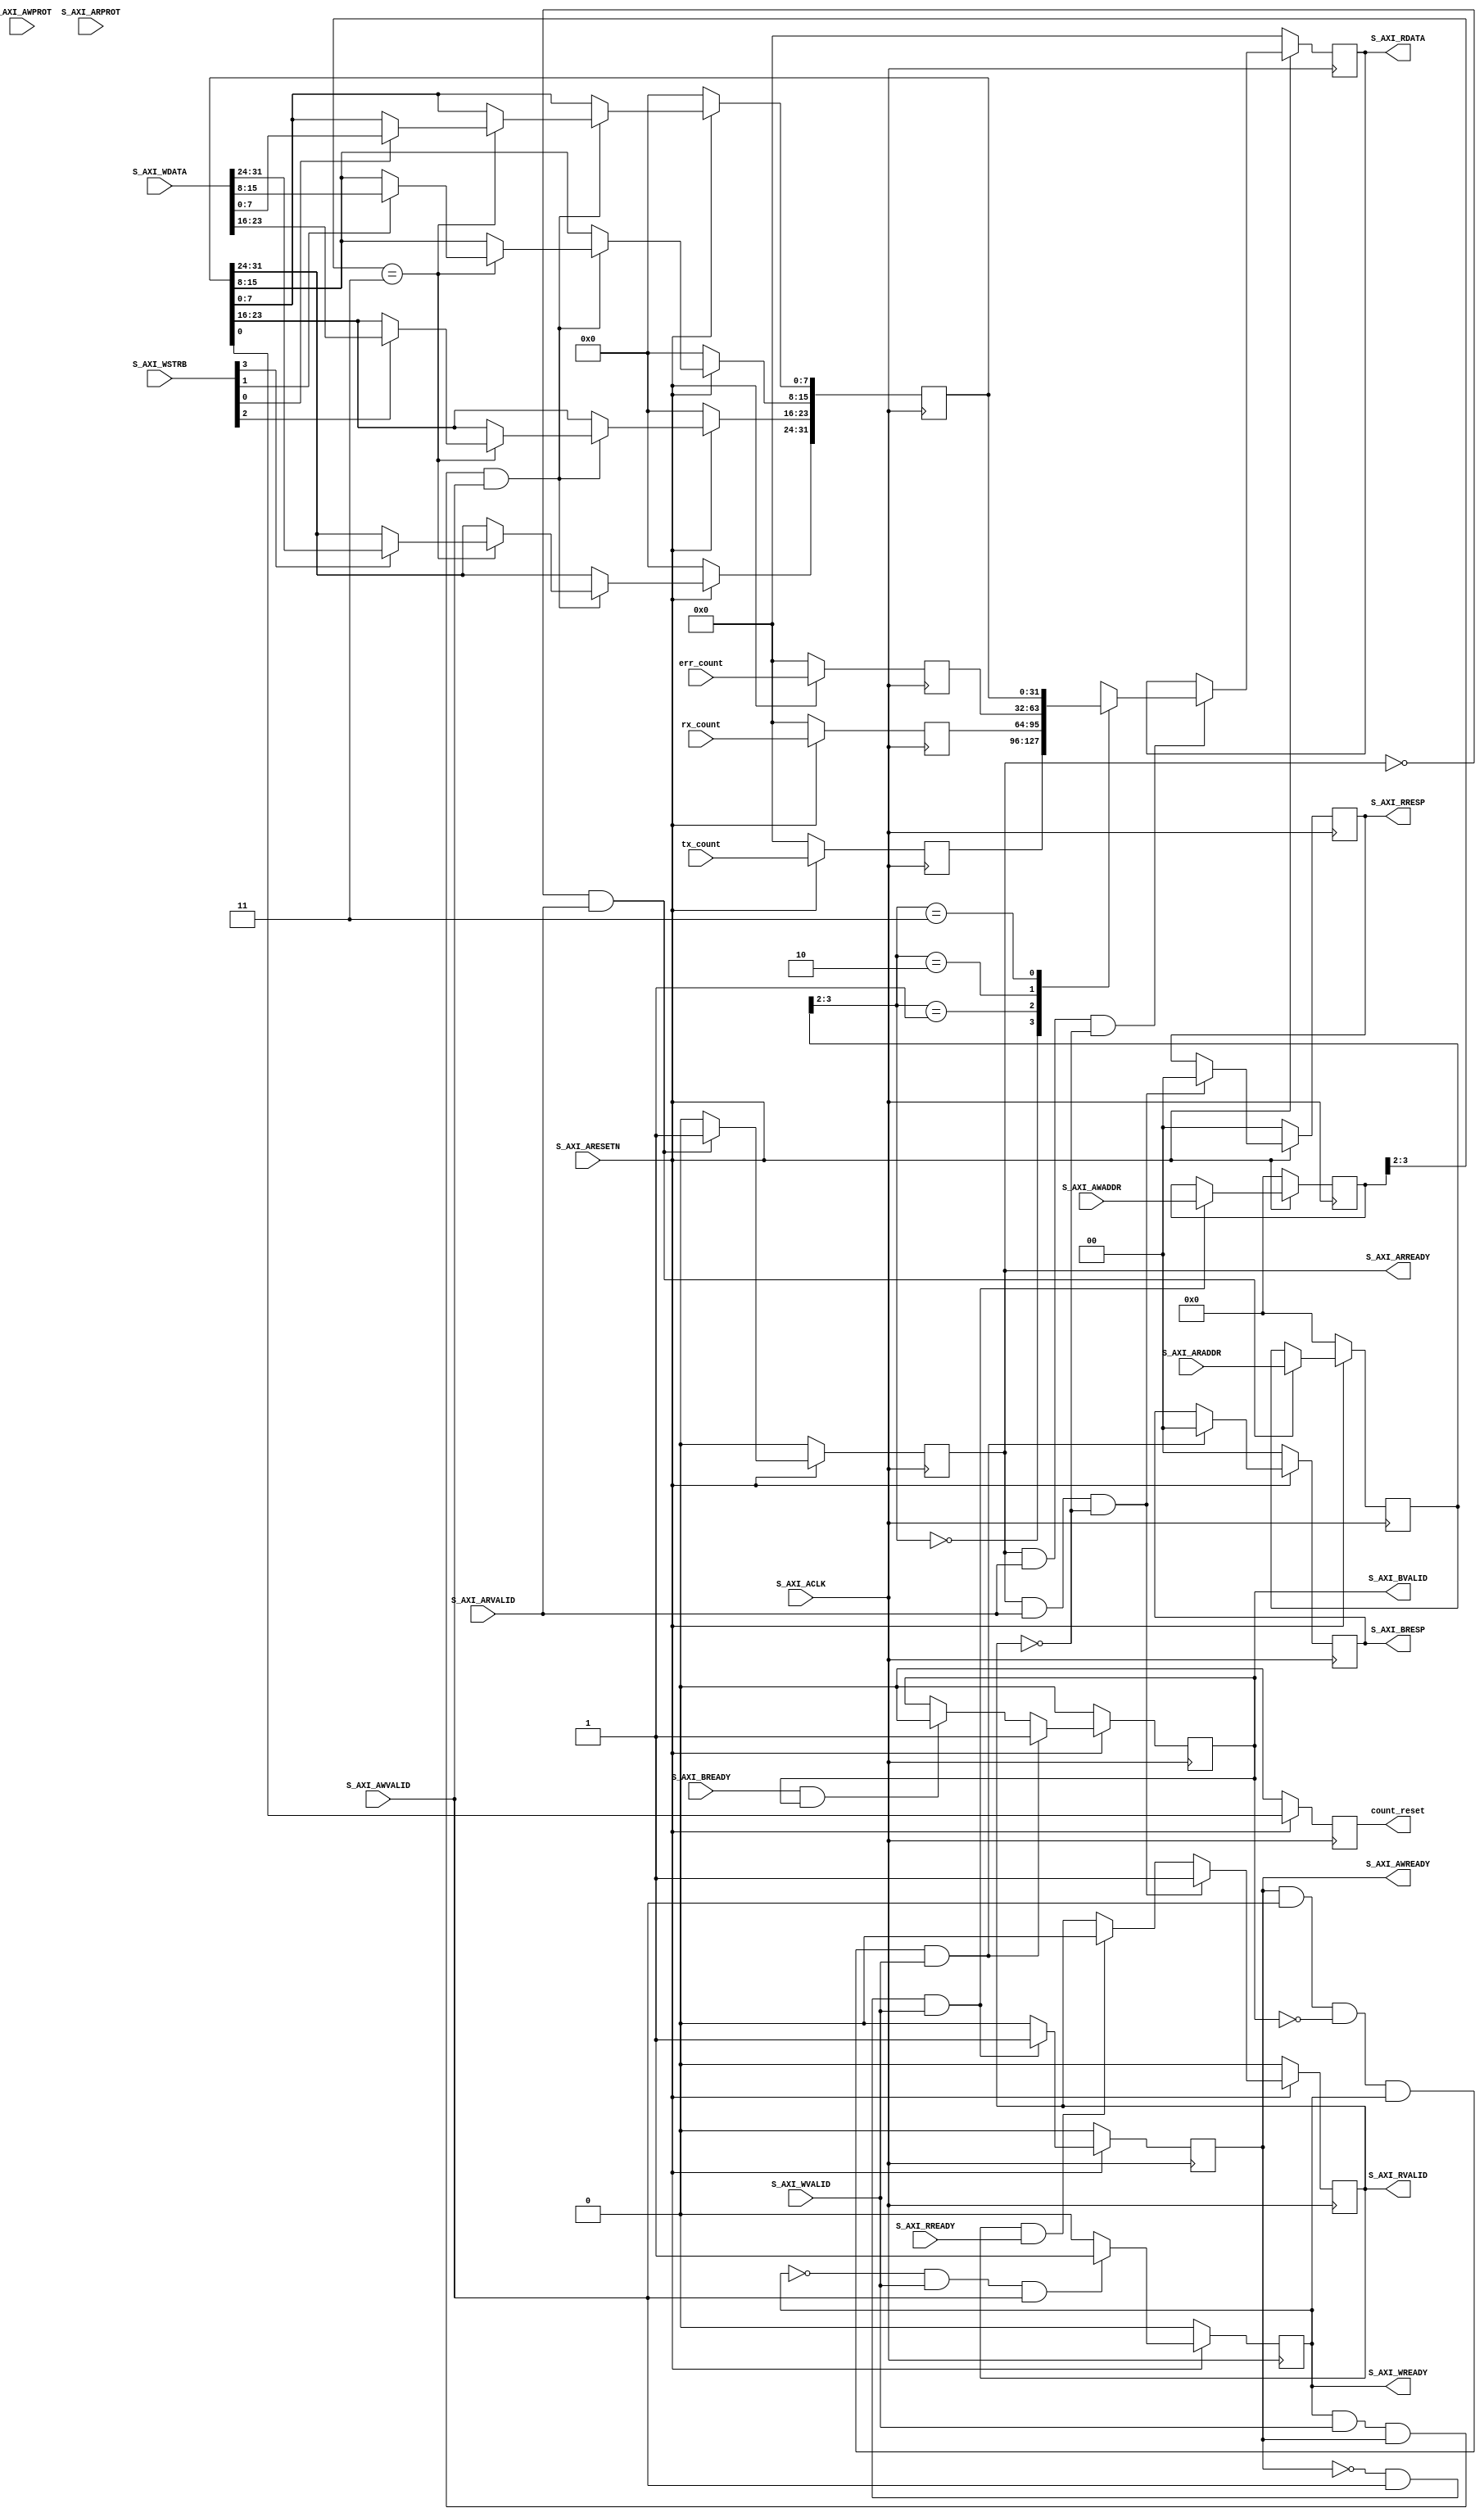
/***************************************************************************
*
* Copyright (c) 2015 Digilent Inc.
* All rights reserved.
*
* File:
* nf_axis_gen_check_s_axi.v
*
* Library:
* hw/std/pcores/nf_axis_gen_check
*
* Author:
* Tinghui Wang (Steve)
*
* Description:
* AXI-Lite Slave Registers
*
* @NETFPGA_LICENSE_HEADER_START@
*
* Licensed to NetFPGA C.I.C. (NetFPGA) under one or more contributor
* license agreements. See the NOTICE file distributed with this work for
* additional information regarding copyright ownership. NetFPGA licenses this
* file to you under the NetFPGA Hardware-Software License, Version 1.0 (the
* "License"); you may not use this file except in compliance with the
* License. You may obtain a copy of the License at:
*
* http://www.netfpga-cic.org
*
* Unless required by applicable law or agreed to in writing, Work distributed
* under the License is distributed on an "AS IS" BASIS, WITHOUT WARRANTIES OR
* CONDITIONS OF ANY KIND, either express or implied. See the License for the
* specific language governing permissions and limitations under the License.
*
* @NETFPGA_LICENSE_HEADER_END@
*/
 
`timescale 1 ns / 1 ps

	module nf_axis_gen_chk_S_AXI #
	(
		// Users to add parameters here

		// User parameters ends
		// Do not modify the parameters beyond this line

		// Width of S_AXI data bus
		parameter integer C_S_AXI_DATA_WIDTH	= 32,
		// Width of S_AXI address bus
		parameter integer C_S_AXI_ADDR_WIDTH	= 4
	)
	(
		// Users to add ports here
        input wire [31:0] tx_count,
        input wire [31:0] rx_count,
        input wire [31:0] err_count,
        output reg count_reset,
		// User ports ends
		// Do not modify the ports beyond this line

		// Global Clock Signal
		input wire  S_AXI_ACLK,
		// Global Reset Signal. This Signal is Active LOW
		input wire  S_AXI_ARESETN,
		// Write address (issued by master, acceped by Slave)
		input wire [C_S_AXI_ADDR_WIDTH-1 : 0] S_AXI_AWADDR,
		// Write channel Protection type. This signal indicates the
    		// privilege and security level of the transaction, and whether
    		// the transaction is a data access or an instruction access.
		input wire [2 : 0] S_AXI_AWPROT,
		// Write address valid. This signal indicates that the master signaling
    		// valid write address and control information.
		input wire  S_AXI_AWVALID,
		// Write address ready. This signal indicates that the slave is ready
    		// to accept an address and associated control signals.
		output wire  S_AXI_AWREADY,
		// Write data (issued by master, acceped by Slave) 
		input wire [C_S_AXI_DATA_WIDTH-1 : 0] S_AXI_WDATA,
		// Write strobes. This signal indicates which byte lanes hold
    		// valid data. There is one write strobe bit for each eight
    		// bits of the write data bus.    
		input wire [(C_S_AXI_DATA_WIDTH/8)-1 : 0] S_AXI_WSTRB,
		// Write valid. This signal indicates that valid write
    		// data and strobes are available.
		input wire  S_AXI_WVALID,
		// Write ready. This signal indicates that the slave
    		// can accept the write data.
		output wire  S_AXI_WREADY,
		// Write response. This signal indicates the status
    		// of the write transaction.
		output wire [1 : 0] S_AXI_BRESP,
		// Write response valid. This signal indicates that the channel
    		// is signaling a valid write response.
		output wire  S_AXI_BVALID,
		// Response ready. This signal indicates that the master
    		// can accept a write response.
		input wire  S_AXI_BREADY,
		// Read address (issued by master, acceped by Slave)
		input wire [C_S_AXI_ADDR_WIDTH-1 : 0] S_AXI_ARADDR,
		// Protection type. This signal indicates the privilege
    		// and security level of the transaction, and whether the
    		// transaction is a data access or an instruction access.
		input wire [2 : 0] S_AXI_ARPROT,
		// Read address valid. This signal indicates that the channel
    		// is signaling valid read address and control information.
		input wire  S_AXI_ARVALID,
		// Read address ready. This signal indicates that the slave is
    		// ready to accept an address and associated control signals.
		output wire  S_AXI_ARREADY,
		// Read data (issued by slave)
		output wire [C_S_AXI_DATA_WIDTH-1 : 0] S_AXI_RDATA,
		// Read response. This signal indicates the status of the
    		// read transfer.
		output wire [1 : 0] S_AXI_RRESP,
		// Read valid. This signal indicates that the channel is
    		// signaling the required read data.
		output wire  S_AXI_RVALID,
		// Read ready. This signal indicates that the master can
    		// accept the read data and response information.
		input wire  S_AXI_RREADY
	);

	// AXI4LITE signals
	reg [C_S_AXI_ADDR_WIDTH-1 : 0] 	axi_awaddr;
	reg  	axi_awready;
	reg  	axi_wready;
	reg [1 : 0] 	axi_bresp;
	reg  	axi_bvalid;
	reg [C_S_AXI_ADDR_WIDTH-1 : 0] 	axi_araddr;
	reg  	axi_arready;
	reg [C_S_AXI_DATA_WIDTH-1 : 0] 	axi_rdata;
	reg [1 : 0] 	axi_rresp;
	reg  	axi_rvalid;

	// Example-specific design signals
	// local parameter for addressing 32 bit / 64 bit C_S_AXI_DATA_WIDTH
	// ADDR_LSB is used for addressing 32/64 bit registers/memories
	// ADDR_LSB = 2 for 32 bits (n downto 2)
	// ADDR_LSB = 3 for 64 bits (n downto 3)
	localparam integer ADDR_LSB = (C_S_AXI_DATA_WIDTH/32) + 1;
	localparam integer OPT_MEM_ADDR_BITS = 1;
	//----------------------------------------------
	//-- Signals for user logic register space example
	//------------------------------------------------
	//-- Number of Slave Registers 4
	reg [C_S_AXI_DATA_WIDTH-1:0]	slv_reg0;
	reg [C_S_AXI_DATA_WIDTH-1:0]	slv_reg1;
	reg [C_S_AXI_DATA_WIDTH-1:0]	slv_reg2;
	reg [C_S_AXI_DATA_WIDTH-1:0]	slv_reg3;
	wire	 slv_reg_rden;
	wire	 slv_reg_wren;
	reg [C_S_AXI_DATA_WIDTH-1:0]	 reg_data_out;
	integer	 byte_index;

	// I/O Connections assignments

	assign S_AXI_AWREADY	= axi_awready;
	assign S_AXI_WREADY	= axi_wready;
	assign S_AXI_BRESP	= axi_bresp;
	assign S_AXI_BVALID	= axi_bvalid;
	assign S_AXI_ARREADY	= axi_arready;
	assign S_AXI_RDATA	= axi_rdata;
	assign S_AXI_RRESP	= axi_rresp;
	assign S_AXI_RVALID	= axi_rvalid;
	// Implement axi_awready generation
	// axi_awready is asserted for one S_AXI_ACLK clock cycle when both
	// S_AXI_AWVALID and S_AXI_WVALID are asserted. axi_awready is
	// de-asserted when reset is low.

	always @( posedge S_AXI_ACLK )
	begin
	  if ( S_AXI_ARESETN == 1'b0 )
	    begin
	      axi_awready <= 1'b0;
	    end 
	  else
	    begin    
	      if (~axi_awready && S_AXI_AWVALID && S_AXI_WVALID)
	        begin
	          // slave is ready to accept write address when 
	          // there is a valid write address and write data
	          // on the write address and data bus. This design 
	          // expects no outstanding transactions. 
	          axi_awready <= 1'b1;
	        end
	      else           
	        begin
	          axi_awready <= 1'b0;
	        end
	    end 
	end       

	// Implement axi_awaddr latching
	// This process is used to latch the address when both 
	// S_AXI_AWVALID and S_AXI_WVALID are valid. 

	always @( posedge S_AXI_ACLK )
	begin
	  if ( S_AXI_ARESETN == 1'b0 )
	    begin
	      axi_awaddr <= 0;
	    end 
	  else
	    begin    
	      if (~axi_awready && S_AXI_AWVALID && S_AXI_WVALID)
	        begin
	          // Write Address latching 
	          axi_awaddr <= S_AXI_AWADDR;
	        end
	    end 
	end       

	// Implement axi_wready generation
	// axi_wready is asserted for one S_AXI_ACLK clock cycle when both
	// S_AXI_AWVALID and S_AXI_WVALID are asserted. axi_wready is 
	// de-asserted when reset is low. 

	always @( posedge S_AXI_ACLK )
	begin
	  if ( S_AXI_ARESETN == 1'b0 )
	    begin
	      axi_wready <= 1'b0;
	    end 
	  else
	    begin    
	      if (~axi_wready && S_AXI_WVALID && S_AXI_AWVALID)
	        begin
	          // slave is ready to accept write data when 
	          // there is a valid write address and write data
	          // on the write address and data bus. This design 
	          // expects no outstanding transactions. 
	          axi_wready <= 1'b1;
	        end
	      else
	        begin
	          axi_wready <= 1'b0;
	        end
	    end 
	end       

	// Implement memory mapped register select and write logic generation
	// The write data is accepted and written to memory mapped registers when
	// axi_awready, S_AXI_WVALID, axi_wready and S_AXI_WVALID are asserted. Write strobes are used to
	// select byte enables of slave registers while writing.
	// These registers are cleared when reset (active low) is applied.
	// Slave register write enable is asserted when valid address and data are available
	// and the slave is ready to accept the write address and write data.
	assign slv_reg_wren = axi_wready && S_AXI_WVALID && axi_awready && S_AXI_AWVALID;

	always @( posedge S_AXI_ACLK )
	begin
	  if ( S_AXI_ARESETN == 1'b0 )
	    begin
//	      slv_reg0 <= 0;
//	      slv_reg1 <= 0;
//	      slv_reg2 <= 0;
	      slv_reg3 <= 0;
	    end 
	  else begin
	    if (slv_reg_wren)
	      begin
	        case ( axi_awaddr[ADDR_LSB+OPT_MEM_ADDR_BITS:ADDR_LSB] )
//	          2'h0:
//	            for ( byte_index = 0; byte_index <= (C_S_AXI_DATA_WIDTH/8)-1; byte_index = byte_index+1 )
//	              if ( S_AXI_WSTRB[byte_index] == 1 ) begin
//	                // Respective byte enables are asserted as per write strobes 
//	                // Slave register 0
//	                slv_reg0[(byte_index*8) +: 8] <= S_AXI_WDATA[(byte_index*8) +: 8];
//	              end  
//	          2'h1:
//	            for ( byte_index = 0; byte_index <= (C_S_AXI_DATA_WIDTH/8)-1; byte_index = byte_index+1 )
//	              if ( S_AXI_WSTRB[byte_index] == 1 ) begin
//	                // Respective byte enables are asserted as per write strobes 
//	                // Slave register 1
//	                slv_reg1[(byte_index*8) +: 8] <= S_AXI_WDATA[(byte_index*8) +: 8];
//	              end  
//	          2'h2:
//	            for ( byte_index = 0; byte_index <= (C_S_AXI_DATA_WIDTH/8)-1; byte_index = byte_index+1 )
//	              if ( S_AXI_WSTRB[byte_index] == 1 ) begin
//	                // Respective byte enables are asserted as per write strobes 
//	                // Slave register 2
//	                slv_reg2[(byte_index*8) +: 8] <= S_AXI_WDATA[(byte_index*8) +: 8];
//	              end  
	          2'h3:
	            for ( byte_index = 0; byte_index <= (C_S_AXI_DATA_WIDTH/8)-1; byte_index = byte_index+1 )
	              if ( S_AXI_WSTRB[byte_index] == 1 ) begin
	                // Respective byte enables are asserted as per write strobes 
	                // Slave register 3
	                slv_reg3[(byte_index*8) +: 8] <= S_AXI_WDATA[(byte_index*8) +: 8];
	              end  
	          default : begin
//	                      slv_reg0 <= slv_reg0;
//	                      slv_reg1 <= slv_reg1;
//	                      slv_reg2 <= slv_reg2;
	                      slv_reg3 <= slv_reg3;
	                    end
	        endcase
	      end
	  end
	end    

	// Implement write response logic generation
	// The write response and response valid signals are asserted by the slave 
	// when axi_wready, S_AXI_WVALID, axi_wready and S_AXI_WVALID are asserted.  
	// This marks the acceptance of address and indicates the status of 
	// write transaction.

	always @( posedge S_AXI_ACLK )
	begin
	  if ( S_AXI_ARESETN == 1'b0 )
	    begin
	      axi_bvalid  <= 0;
	      axi_bresp   <= 2'b0;
	    end 
	  else
	    begin    
	      if (axi_awready && S_AXI_AWVALID && ~axi_bvalid && axi_wready && S_AXI_WVALID)
	        begin
	          // indicates a valid write response is available
	          axi_bvalid <= 1'b1;
	          axi_bresp  <= 2'b0; // 'OKAY' response 
	        end                   // work error responses in future
	      else
	        begin
	          if (S_AXI_BREADY && axi_bvalid) 
	            //check if bready is asserted while bvalid is high) 
	            //(there is a possibility that bready is always asserted high)   
	            begin
	              axi_bvalid <= 1'b0; 
	            end  
	        end
	    end
	end   

	// Implement axi_arready generation
	// axi_arready is asserted for one S_AXI_ACLK clock cycle when
	// S_AXI_ARVALID is asserted. axi_awready is 
	// de-asserted when reset (active low) is asserted. 
	// The read address is also latched when S_AXI_ARVALID is 
	// asserted. axi_araddr is reset to zero on reset assertion.

	always @( posedge S_AXI_ACLK )
	begin
	  if ( S_AXI_ARESETN == 1'b0 )
	    begin
	      axi_arready <= 1'b0;
	      axi_araddr  <= 32'b0;
	    end 
	  else
	    begin    
	      if (~axi_arready && S_AXI_ARVALID)
	        begin
	          // indicates that the slave has acceped the valid read address
	          axi_arready <= 1'b1;
	          // Read address latching
	          axi_araddr  <= S_AXI_ARADDR;
	        end
	      else
	        begin
	          axi_arready <= 1'b0;
	        end
	    end 
	end       

	// Implement axi_arvalid generation
	// axi_rvalid is asserted for one S_AXI_ACLK clock cycle when both 
	// S_AXI_ARVALID and axi_arready are asserted. The slave registers 
	// data are available on the axi_rdata bus at this instance. The 
	// assertion of axi_rvalid marks the validity of read data on the 
	// bus and axi_rresp indicates the status of read transaction.axi_rvalid 
	// is deasserted on reset (active low). axi_rresp and axi_rdata are 
	// cleared to zero on reset (active low).  
	always @( posedge S_AXI_ACLK )
	begin
	  if ( S_AXI_ARESETN == 1'b0 )
	    begin
	      axi_rvalid <= 0;
	      axi_rresp  <= 0;
	    end 
	  else
	    begin    
	      if (axi_arready && S_AXI_ARVALID && ~axi_rvalid)
	        begin
	          // Valid read data is available at the read data bus
	          axi_rvalid <= 1'b1;
	          axi_rresp  <= 2'b0; // 'OKAY' response
	        end   
	      else if (axi_rvalid && S_AXI_RREADY)
	        begin
	          // Read data is accepted by the master
	          axi_rvalid <= 1'b0;
	        end                
	    end
	end    

	// Implement memory mapped register select and read logic generation
	// Slave register read enable is asserted when valid address is available
	// and the slave is ready to accept the read address.
	assign slv_reg_rden = axi_arready & S_AXI_ARVALID & ~axi_rvalid;
	always @(*)
	begin
	      // Address decoding for reading registers
	      case ( axi_araddr[ADDR_LSB+OPT_MEM_ADDR_BITS:ADDR_LSB] )
	        2'h0   : reg_data_out <= slv_reg0;
	        2'h1   : reg_data_out <= slv_reg1;
	        2'h2   : reg_data_out <= slv_reg2;
	        2'h3   : reg_data_out <= slv_reg3;
	        default : reg_data_out <= 0;
	      endcase
	end

	// Output register or memory read data
	always @( posedge S_AXI_ACLK )
	begin
	  if ( S_AXI_ARESETN == 1'b0 )
	    begin
	      axi_rdata  <= 0;
	    end 
	  else
	    begin    
	      // When there is a valid read address (S_AXI_ARVALID) with 
	      // acceptance of read address by the slave (axi_arready), 
	      // output the read dada 
	      if (slv_reg_rden)
	        begin
	          axi_rdata <= reg_data_out;     // register read data
	        end   
	    end
	end    

	// Add user logic here
    always @( posedge S_AXI_ACLK )
    begin
        if ( S_AXI_ARESETN == 1'b0 )
          begin
            slv_reg0 <= 'd0;
            slv_reg1 <= 'd0;
            slv_reg2 <= 'd0;
            count_reset <= 'd0;
          end
        else
          begin
            slv_reg0 <= tx_count;
            slv_reg1 <= rx_count;
            slv_reg2 <= err_count;
            count_reset <= slv_reg3[0];
          end
    end
	// User logic ends

	endmodule